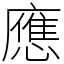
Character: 應